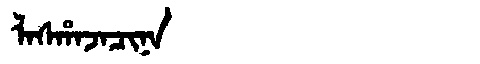
Manchu: ᠯᠠᠰᡥᠠᠵᠠᠴᡳᠨᠠ
Romanization: LASHAJACINA